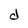
Character: d